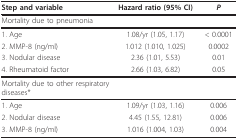
<table><thead><tr><td><b>Step and variable</b></td><td><b>Hazard ratio (95% CI)</b></td><td><b><i>P</i></b></td></tr></thead><tbody><tr><td>Mortality due to pneumonia</td><td></td><td></td></tr><tr><td>1. Age</td><td>1.08/yr (1.05, 1.17)</td><td>&lt; 0.0001</td></tr><tr><td>2. MMP-8 (ng/ml)</td><td>1.012 (1.010, 1.025)</td><td>0.0002</td></tr><tr><td>3. Nodular disease</td><td>2.36 (1.01, 5.53)</td><td>0.01</td></tr><tr><td>4. Rheumatoid factor</td><td>2.66 (1.03, 6.82)</td><td>0.05</td></tr><tr><td>Mortality due to other respiratory diseases*</td><td></td><td></td></tr><tr><td>1. Age</td><td>1.09/yr (1.03, 1.16)</td><td>0.006</td></tr><tr><td>2. Nodular disease</td><td>4.45 (1.55, 12.81)</td><td>0.006</td></tr><tr><td>3. MMP-8 (ng/ml)</td><td>1.016 (1.004, 1.03)</td><td>0.004</td></tr></tbody></table>